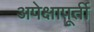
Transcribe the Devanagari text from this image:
अपेक्षापूर्ती